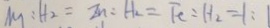
M _ { 1 } : H _ { 2 } = Z n : H _ { 2 } = F e : H _ { 2 } = 1 :